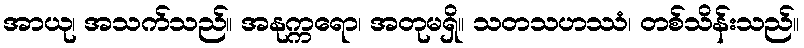
အာယု၊ အသက်သည်။ အနုက္ကရော၊ အတုမရှိ။ သတသဟဿံ၊ တစ်သိန်းသည်။